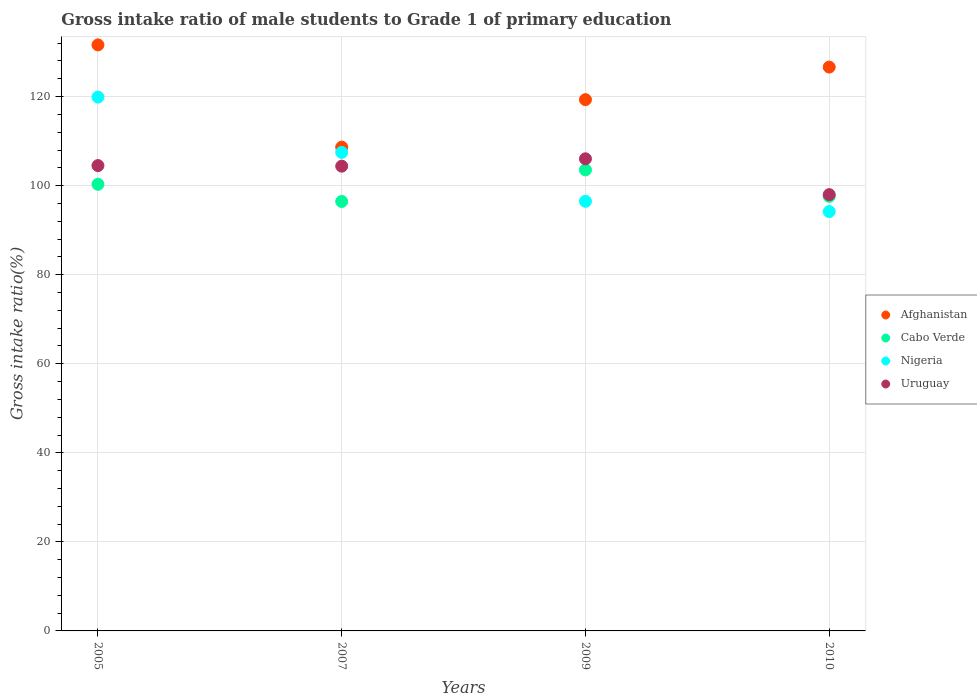
| Years | Afghanistan | Cabo Verde | Nigeria | Uruguay |
 | --- | --- | --- | --- | --- |
 | 2005 | 132 | 100 | 120 | 105 |
 | 2007 | 109 | 96.4 | 107 | 104 |
 | 2009 | 119 | 104 | 96.5 | 106 |
 | 2010 | 127 | 97.6 | 94.2 | 98 |